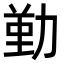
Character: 𠢄